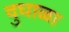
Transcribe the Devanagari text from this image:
दुघाळा